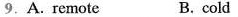
9.A. remote B. cold